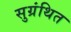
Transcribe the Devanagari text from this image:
सुग्रंथित